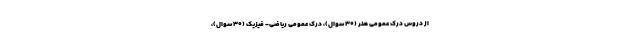
از دروس درک عمومی هنر (۳۰ سوال)، درک عمومی ریاضی- فیزیک (۳۰ سوال)،